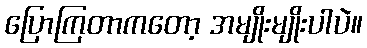
ပြောကြတာကတော့ အမျိုးမျိုးပါပဲ။